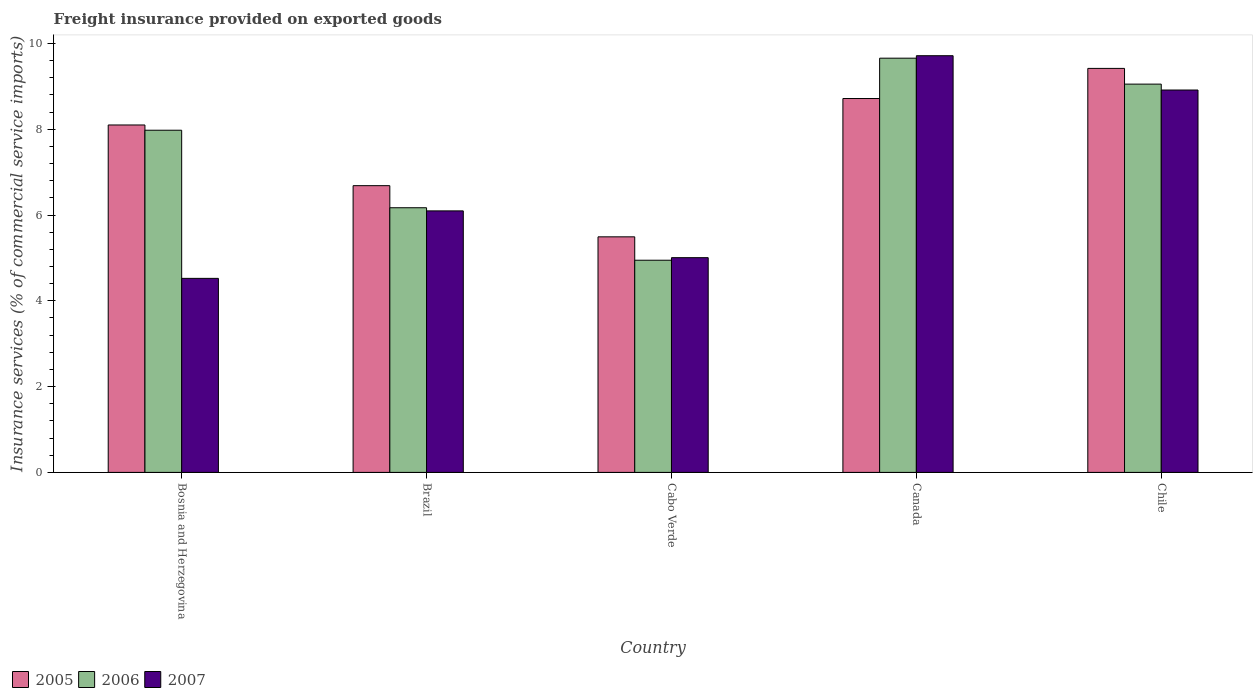
| Country | 2005 | 2006 | 2007 |
 | --- | --- | --- | --- |
 | Bosnia and Herzegovina | 8.1 | 7.98 | 4.52 |
 | Brazil | 6.68 | 6.17 | 6.1 |
 | Cabo Verde | 5.49 | 4.95 | 5.01 |
 | Canada | 8.72 | 9.66 | 9.71 |
 | Chile | 9.42 | 9.05 | 8.91 |